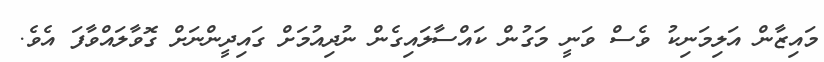
މައިޒާން އަލިމަނިކު ވެސް ވަނީ މަގުން ކައްސާލައިގެން ނުދިއުމަށް ގައިދީންނަށް ގޮވާލައްވާފަ އެވެ.